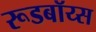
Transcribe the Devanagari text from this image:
रूडबॉय्स